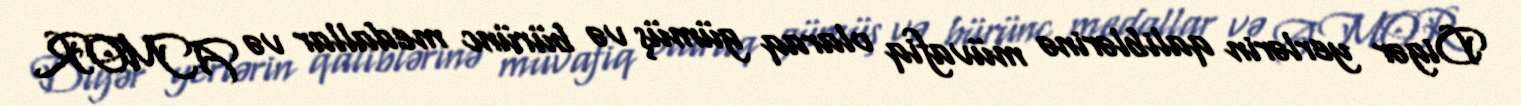
Digər yerlərin qaliblərinə müvafiq olaraq gümüş və bürünc medallar və AMOR